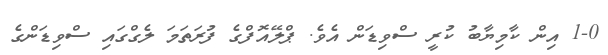
1-0 އިން ކާމިޔާބު ކުރީ ސްވިޑަން އެވެ. ޕްލޭއޮފްގެ ފުރަތަމަ ލެގްގައި ސްވިޑަންގެ